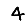
Digit: 4